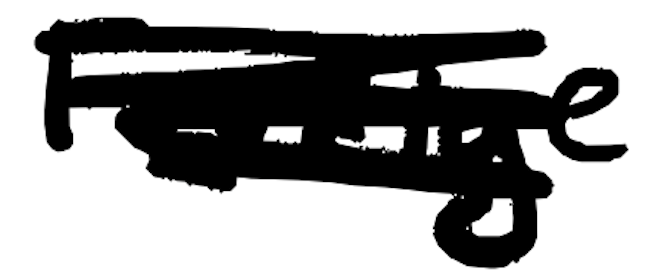
Text: Fevziye
Cross-out: scratch
Writing tool: digital_black